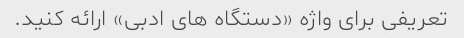
تعریفی برای واژه «دستگاه های ادبی» ارائه کنید.